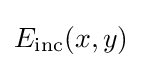
E_{\mathrm {inc} }(x,y)